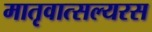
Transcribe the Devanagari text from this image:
मातृवात्सल्यरस